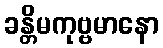
ခန္တိမကုဗ္ဗမာနော